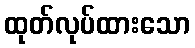
ထုတ်လုပ်ထားသော